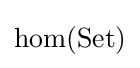
{\text{hom}}({\text{Set}})